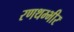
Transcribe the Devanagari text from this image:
रणथम्भीर